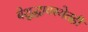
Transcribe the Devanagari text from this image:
बेशुद्धावस्थेतही